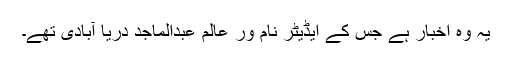
یہ وہ اخبار ہے جس کے ایڈیٹر نام ور عالم عبدالماجد دریا آبادی تھے۔